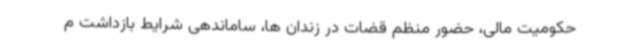
حکومیت مالی، حضور منظم قضات در زندان ها، ساماندهی شرایط بازداشت م